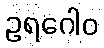
ဥရဂေါဝ